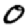
Digit: 0